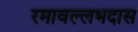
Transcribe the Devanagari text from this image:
रमावल्लभदास